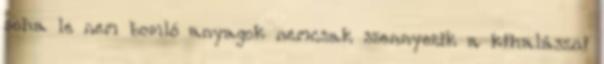
soha le nem bomló anyagok nemcsak szennyezik a kihalászni